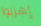
إهربوا